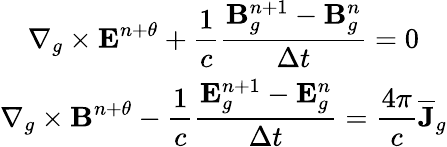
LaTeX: \begin{array}{ccc}{\displaystyle\nabla_{g}\times\mathbf{E}^{n+\theta}+\frac{1}{c}\frac{\mathbf{B}_{g}^{n+1}-\mathbf{B}_{g}^{n}}{\Delta t}=0}\\ {\displaystyle\nabla_{g}\times\mathbf{B}^{n+\theta}-\frac{1}{c}\frac{\mathbf{E}_{g}^{n+1}-\mathbf{E}_{g}^{n}}{\Delta t}=\frac{4\pi}{c}\overline{{\mathbf{J}}}_{g}}\end{array}